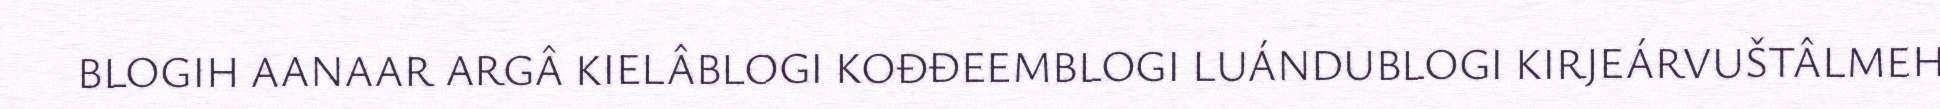
BLOGIH AANAAR ARGÂ KIELÂBLOGI KOĐĐEEMBLOGI LUÁNDUBLOGI KIRJEÁRVUŠTÂLMEH